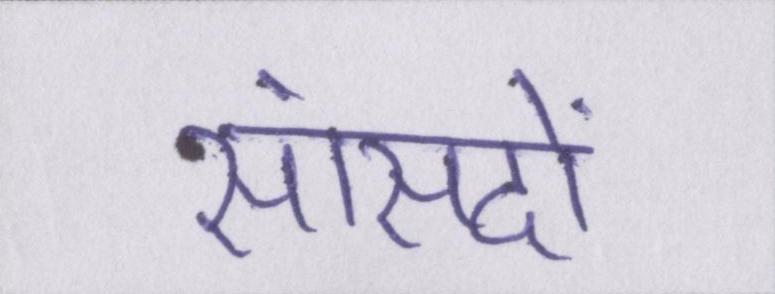
सांसदों